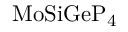
\mathrm { M o S i G e P _ { 4 } }